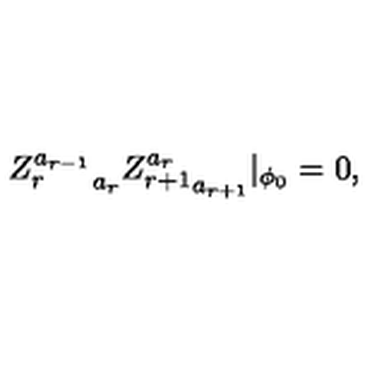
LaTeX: { Z _ { r } ^ { a _ { r - 1 } } } _ { a _ { r } } { Z _ { r + 1 } ^ { a _ { r } } } _ { a _ { r + 1 } } | _ { \phi _ { 0 } } = 0 ,